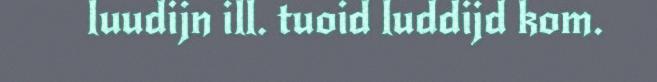
luudijn ill. tuoid luddijd kom.